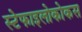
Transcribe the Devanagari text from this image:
स्टेफाइलोकोकस